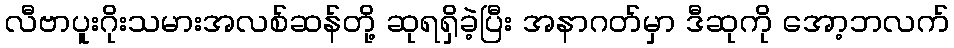
လီဗာပူးဂိုးသမားအလစ်ဆန်တို့ ဆုရရှိခဲ့ပြီး အနာဂတ်မှာ ဒီဆုကို အော့ဘလက်